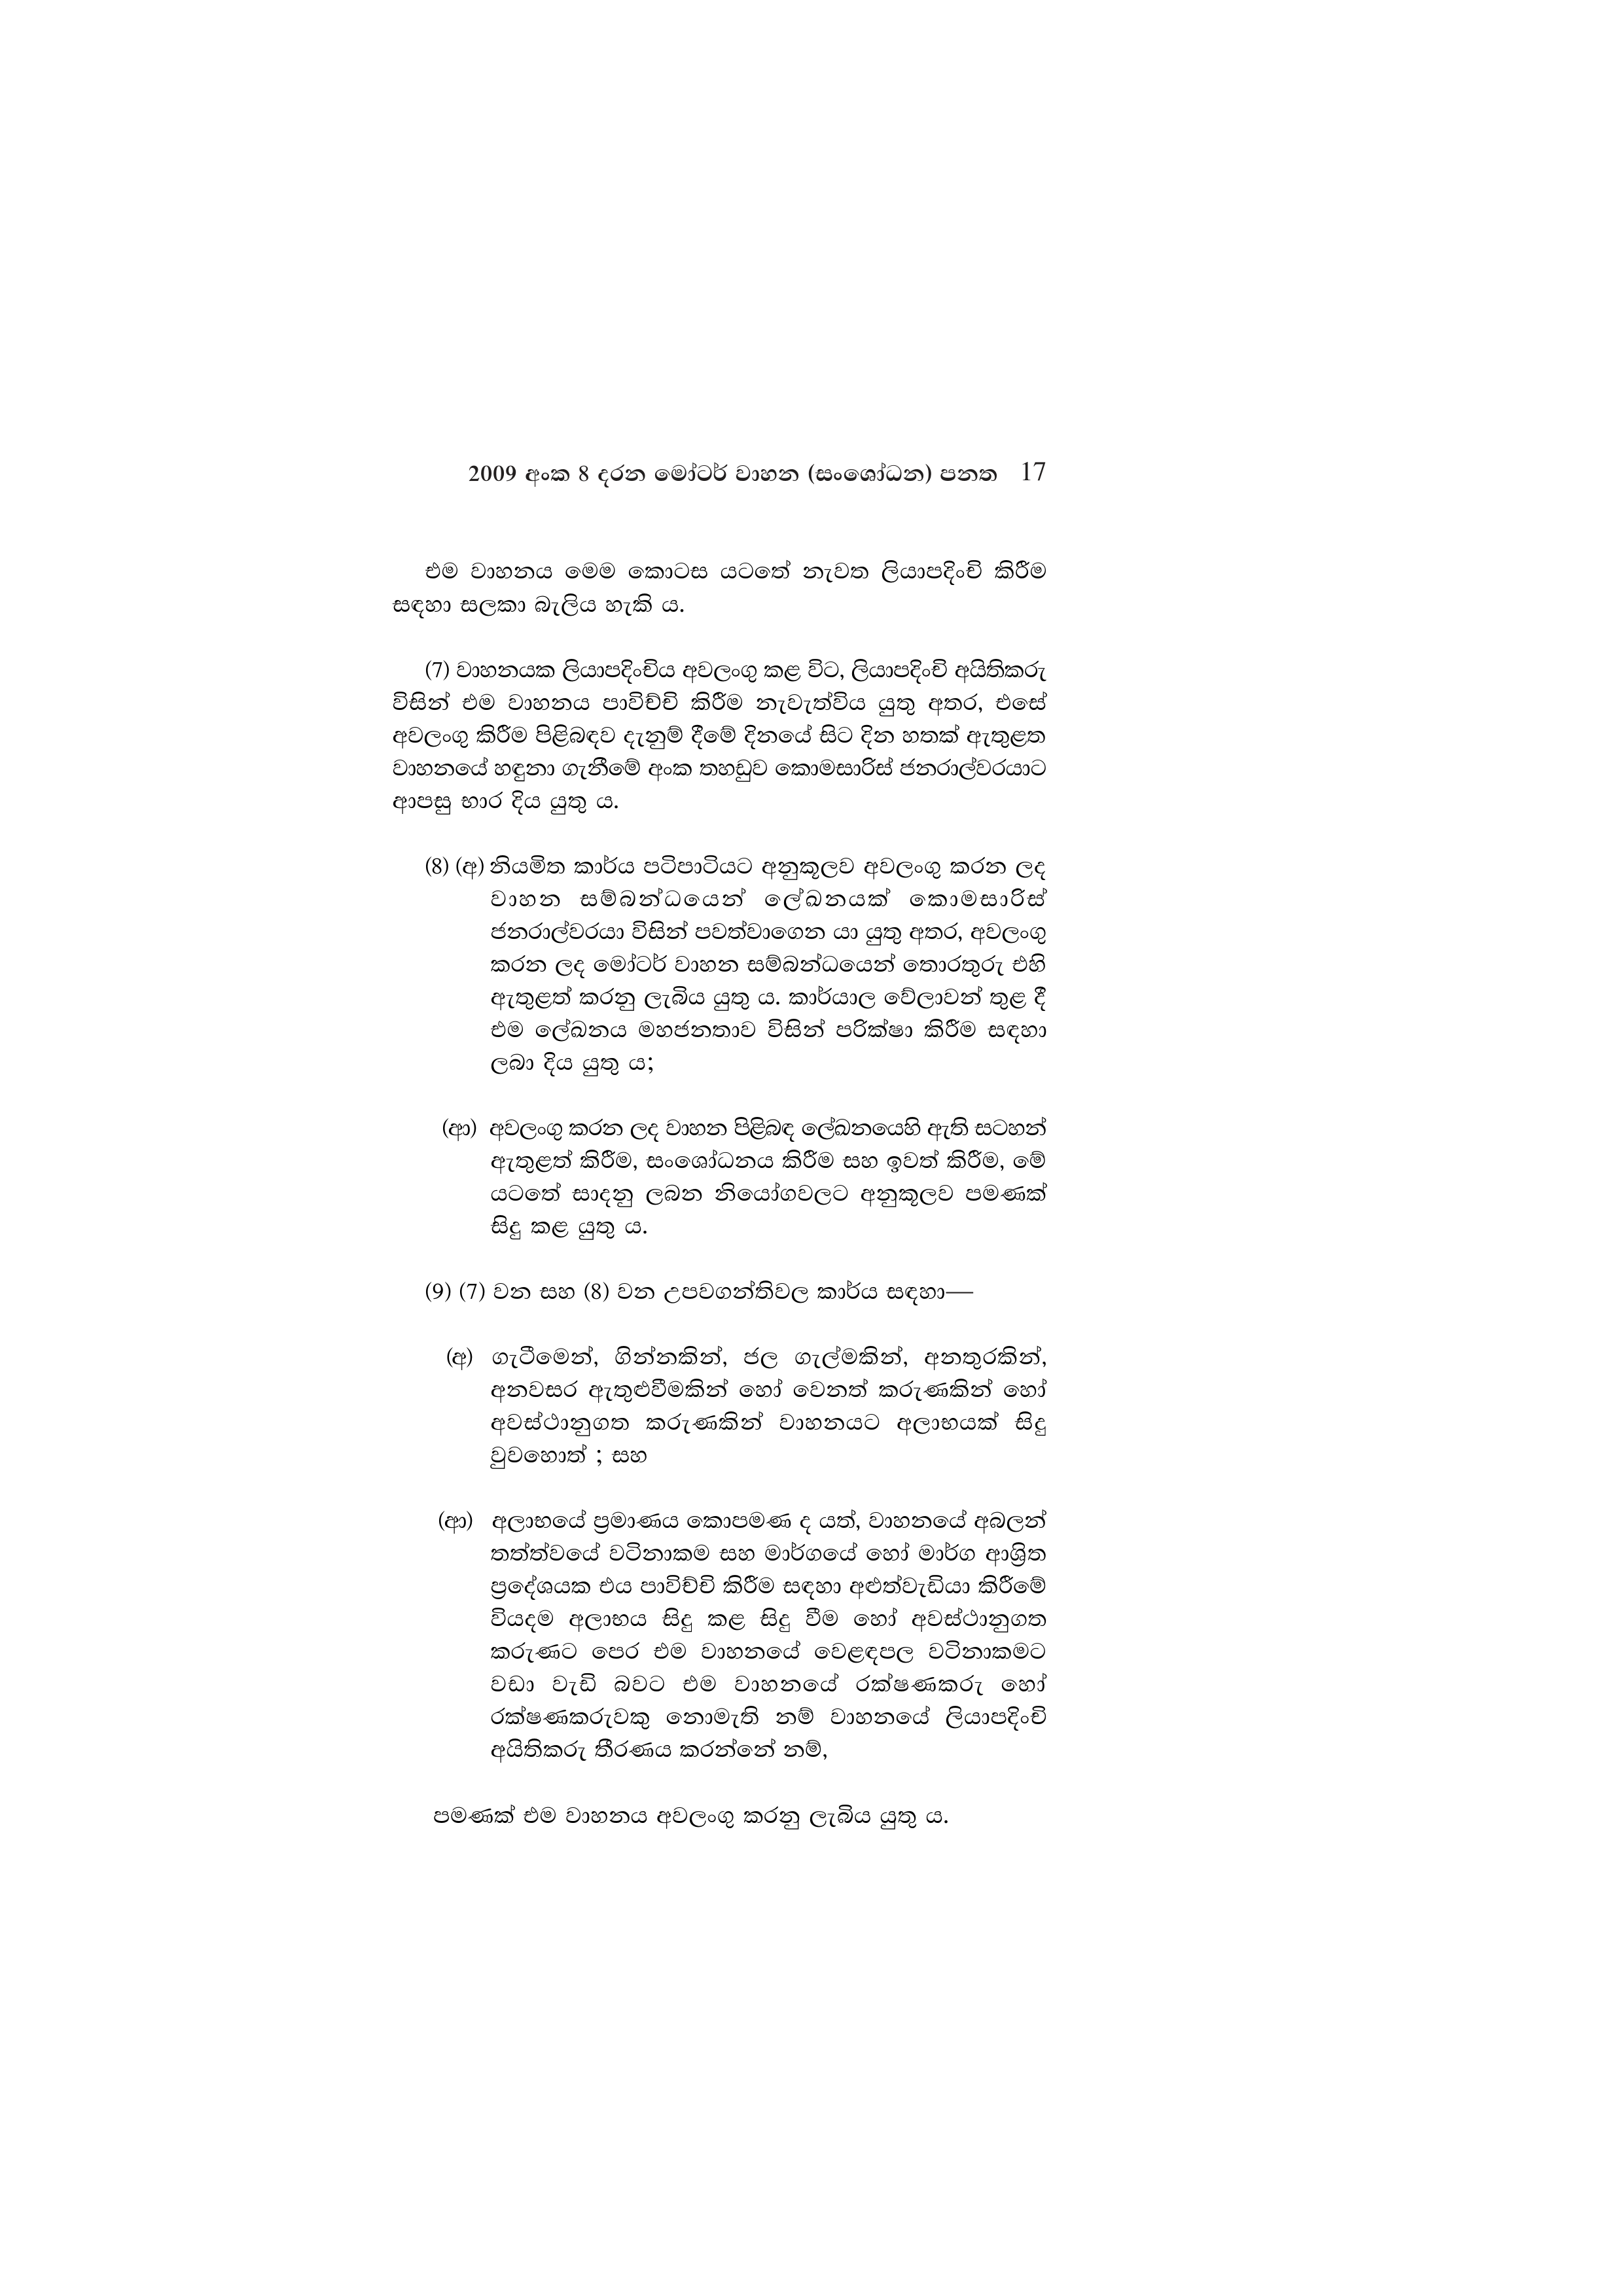
2009 අංක 8 දරන මෝටර් වාහන (සංශෝධන) පනත 17

එම වාහනය මෙම කොටස යටතේ නැවත ලියාපදිංචි කිරීම
සඳහා සලකා බැලිය හැකි ය.

(7) වාහනයක ලියාපදිංචිය අවලංගු කළ විට, ලියාපදිංචි අයිතිකරු
විසින් එම වාහනය පාවිච්චි කිරීම නැවැත්විය යුතු අතර, එසේ
අවලංගු කිරීම පිළිබඳව දැනුම් දීමේ දිනයේ සිට දින හතක් ඇතුළත
වාහනයේ හඳුනා ගැනීමේ අංක තහඩුව කොමසාරිස් ජනරාල්වරයාට
ආපසු භාර දිය යුතු ය.

(8) (අ) නියමිත කාර්ය පටිපාටියට අනුකූලව අවලංගු කරන ලද
වාහන සම්බන්ධයෙන් ලේඛනයක් කොමසාරිස්
ජනරාල්වරයා විසින් පවත්වාගෙන යා යුතු අතර, අවලංගු
කරන ලද මෝටර් වාහන සම්බන්ධයෙන් තොරතුරු එහි
ඇතුළත් කරනු ලැබිය යුතු ය. කාර්යාල වේලාවන් තුළ දී
එම ලේඛනය මහජනතාව විසින් පරික්ෂා කිරීම සඳහා
ලබා දිය යුතු ය;

(ආ) අවලංගු කරන ලද වාහන පිළිබඳ ලේඛනයෙහි ඇති සටහන්
ඇතුළත් කිරීම, සංශෝධනය කිරීම සහ ඉවත් කිරීම, මේ
යටතේ සාදනු ලබන නියෝගවලට අනුකූලව පමණක්
සිදු කළ යුතු ය.

(9) (7) වන සහ (8) වන උපවගන්තිවල කාර්ය සඳහා—

(අ) ගැටීමෙන්, ගින්නකින්, ජල ගැල්මකින්, අනතුරකින්,
අනවසර ඇතුළුවීමකින් හෝ වෙනත් කරුණකින් හෝ
අවස්ථානුගත කරුණකින් වාහනයට අලාභයක් සිදු
වුවහොත් ; සහ

(ආ) අලාභයේ ප්‍රමාණය කොපමණ ද යත්, වාහනයේ අබලන්
තත්ත්වයේ වටිනාකම සහ මාර්ගයේ හෝ මාර්ග ආශ්‍රිත
ප්‍රදේශයක එය පාවිච්චි කිරීම සඳහා අළුත්වැඩියා කිරීමේ
වියදම අලාභය සිදු කළ සිදු වීම හෝ අවස්ථානුගත
කරුණට පෙර එම වාහනයේ වෙළඳපල වටිනාකමට
වඩා වැඩි බවට එම වාහනයේ රක්ෂණකරු හෝ
රක්ෂණකරුවකු නොමැති නම් වාහනයේ ලියාපදිංචි
අයිතිකරු තීරණය කරන්නේ නම්,

පමණක් එම වාහනය අවලංගු කරනු ලැබිය යුතු ය.